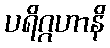
ပရိဂ္ဂဟာနိ